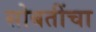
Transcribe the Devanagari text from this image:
सोबतींचा